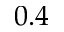
0 . 4